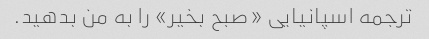
ترجمه اسپانیایی «صبح بخیر» را به من بدهید.